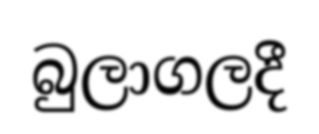
බුලාගලදී